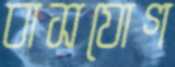
বাসযোগ